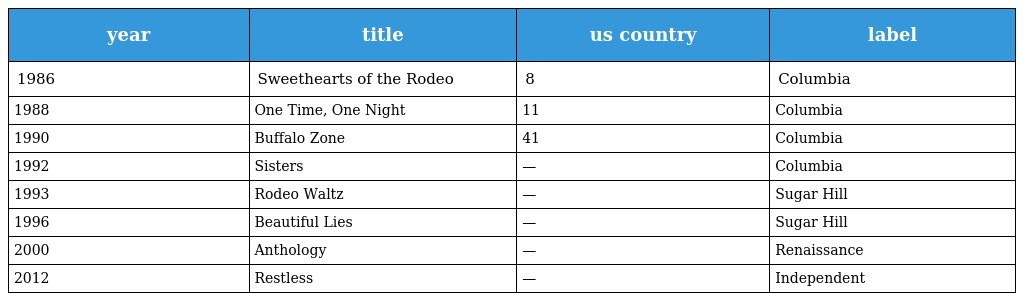
| year | title | us country | label |
 | --- | --- | --- | --- |
 | 1986 | Sweethearts of the Rodeo | 8 | Columbia |
 | 1988 | One Time, One Night | 11 | Columbia |
 | 1990 | Buffalo Zone | 41 | Columbia |
 | 1992 | Sisters | — | Columbia |
 | 1993 | Rodeo Waltz | — | Sugar Hill |
 | 1996 | Beautiful Lies | — | Sugar Hill |
 | 2000 | Anthology | — | Renaissance |
 | 2012 | Restless | — | Independent |